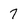
Character: 7